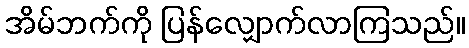
အိမ်ဘက်ကို ပြန်လျှောက်လာကြသည်။